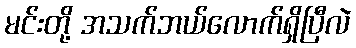
မင်းတို့ အသက်ဘယ်လောက်ရှိပြီလဲ